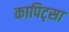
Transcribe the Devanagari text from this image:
कापिट्सा